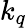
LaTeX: k_{q}